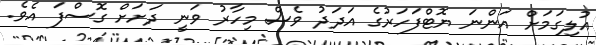
އުލިގަމަށް އަންނަ ޔޮޓްފަހަރުގެ އަދަދު ވެސް މިހާރު ވަނީ ދަށަށް ގޮސްފަ އެވެ.